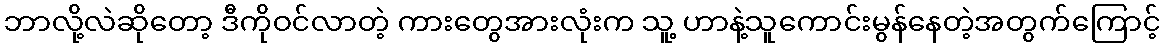
ဘာလို့လဲဆိုတော့ ဒီကိုဝင်လာတဲ့ ကားတွေအားလုံးက သူ့ ဟာနဲ့သူကောင်းမွန်နေတဲ့အတွက်ကြောင့်